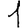
Digit: 1